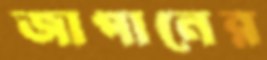
জাপানের